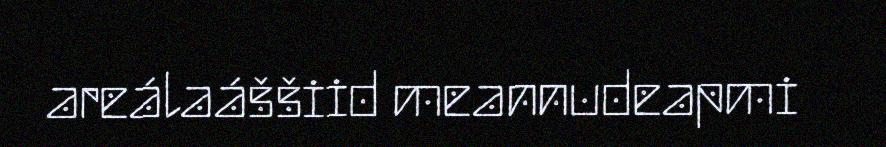
areálaáššiid meannudeapmi